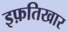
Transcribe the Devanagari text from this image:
इफ़तिखार